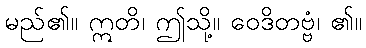
မည်၏။ ဣတိ၊ ဤသို့။ ဝေဒိတဗ္ဗံ၊ ၏။